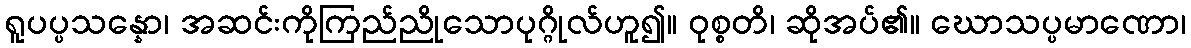
ရူပပ္ပသန္နော၊ အဆင်းကိုကြည်ညိုသောပုဂ္ဂိုလ်ဟူ၍။ ဝုစ္စတိ၊ ဆိုအပ်၏။ ဃောသပ္ပမာဏော၊